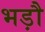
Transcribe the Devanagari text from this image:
भड़ौ